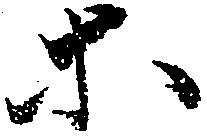
等